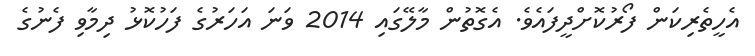
އެހީތެރިކަން ފޯރުކޮށްދީފައެވެ. އެގޮތުން މާލޭގައި 2014 ވަނަ އަހަރުގެ ފަހުކޮޅު ދިމާވި ފެނުގެ